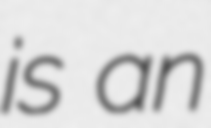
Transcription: is an